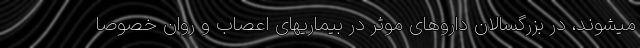
میشوند، در بزرگسالان داروهای موثر در بیماریهای اعصاب و روان خصوصا